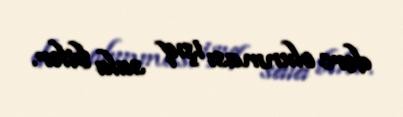
dərc olunması işıq sala bilər.